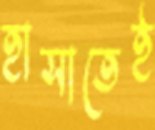
হাসাতেই